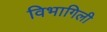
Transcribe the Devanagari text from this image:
विभागिली